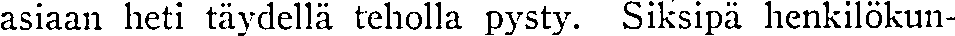
asiaan heti täydellä teholla pysty. Siksipä henkilökun-